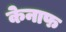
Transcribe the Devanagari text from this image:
केनाफ